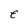
Character: e